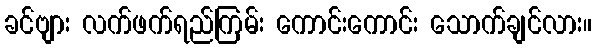
ခင်ဗျား လက်ဖက်ရည်ကြမ်း ကောင်းကောင်း သောက်ချင်လား။